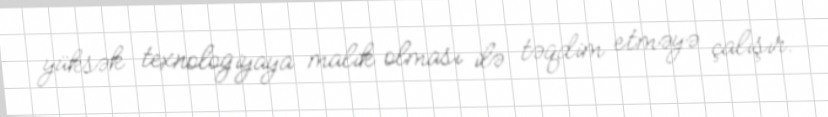
yüksək texnologiyaya malik olması ilə təqdim etməyə çalışır.